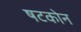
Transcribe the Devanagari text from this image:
षटकोन